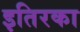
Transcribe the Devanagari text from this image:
इतिरका